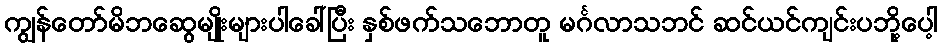
ကျွန်တော်မိဘဆွေမျိုးများပါခေါ်ပြီး နှစ်ဖက်သဘောတူ မင်္ဂလာသဘင် ဆင်ယင်ကျင်းပဘို့ပေါ့